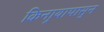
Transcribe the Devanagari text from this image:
किनार्‍यापासुन